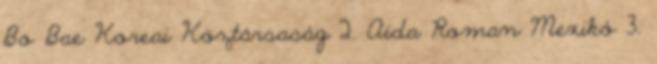
Bo Bae Koreai Köztársaság 2. Aida Roman Mexikó 3.